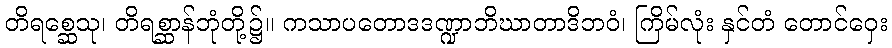
တိရစ္ဆေသု၊ တိရစ္ဆာန်ဘုံတို့၌။ ကသာပတောဒဒဏ္ဍာဘိဃာတာဒိဘဝံ၊ ကြိမ်လုံး နှင်တံ တောင်ဝှေး